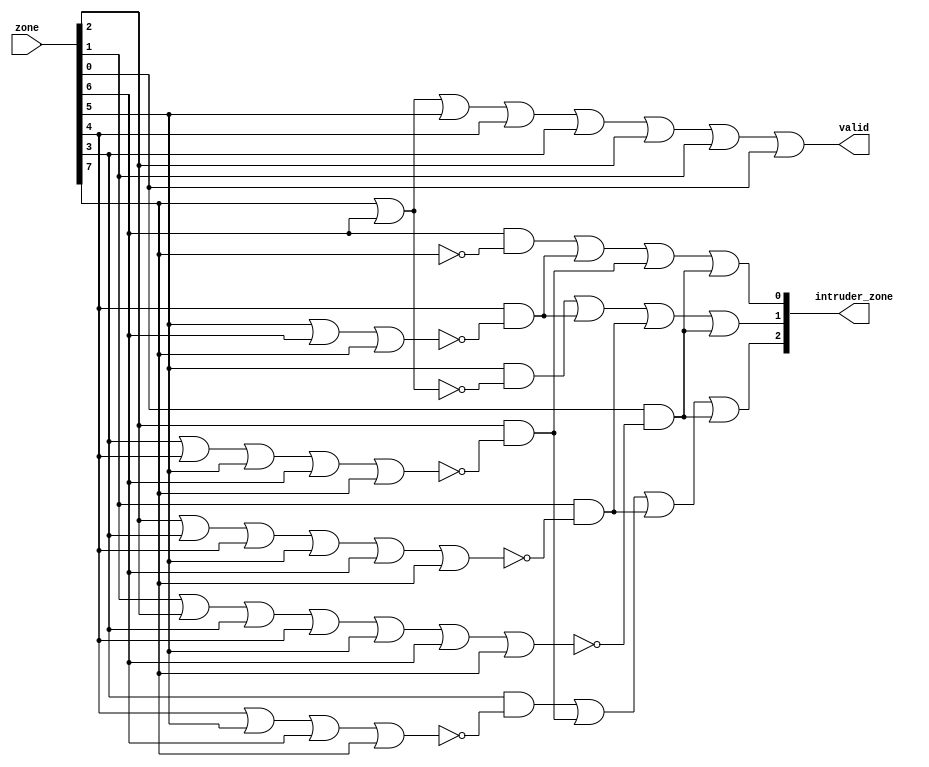
module alarm_priority ( output [2:0] intruder_zone,
 output valid,
 input [1:8] zone );
 wire [1:8] winner;
 assign winner[1] = zone[1];
 assign winner[2] = zone[2] & ~zone[1];
 assign winner[3] = zone[3] & ~(zone[2] | zone[1]);
 assign winner[4] = zone[4] & ~(zone[3] | zone[2] | zone[1]);
 assign winner[5] = zone[5] & ~(zone[4] | zone[3] | zone[2] |
 zone[1]);
 assign winner[6] = zone[6] & ~(zone[5] | zone[4] | zone[3] |
 zone[2] | zone[1]);
 assign winner[7] = zone[7] & ~(zone[6] | zone[5] | zone[4] |
 zone[3] | zone[2] | zone[1]);
 assign winner[8] = zone[8] & ~(zone[7] | zone[6] | zone[5] |
 zone[4] | zone[3] | zone[2] |
 zone[1]);
 assign intruder_zone[2] = winner[5] | winner[6] |
 winner[7] | winner[8];
 assign intruder_zone[1] = winner[3] | winner[4] |
 winner[7] | winner[8];
 assign intruder_zone[0] = winner[2] | winner[4] |
 winner[6] | winner[8];
 assign valid = zone[1] | zone[2] | zone[3] | zone[4] |
 zone[5] | zone[6] | zone[7] | zone[8];
endmodule